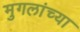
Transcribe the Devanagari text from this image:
मुगलांच्या